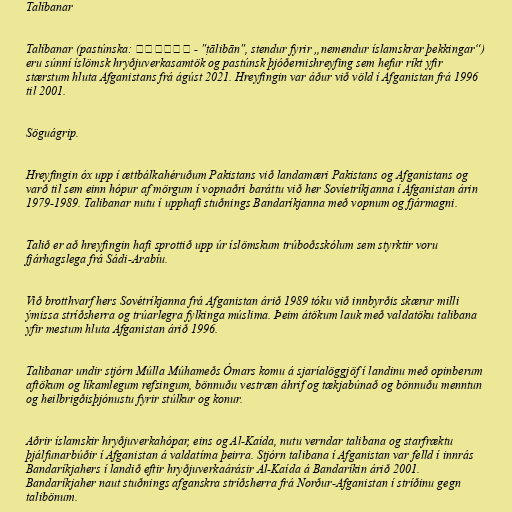
Talíbanar

Talíbanar (pastúnska: طالبان - "ṭālibān", stendur fyrir „nemendur íslamskrar þekkingar“)
eru súnní íslömsk hryðjuverkasamtök og pastúnsk þjóðernishreyfing sem hefur ríkt yfir
stærstum hluta Afganistans frá ágúst 2021. Hreyfingin var áður við völd í Afganistan frá 1996
til 2001.

Söguágrip.

Hreyfingin óx upp í ættbálkahéruðum Pakistans við landamæri Pakistans og Afganistans og
varð til sem einn hópur af mörgum í vopnaðri baráttu við her Sovíetríkjanna í Afganistan árin
1979-1989. Talibanar nutu í upphafi stuðnings Bandaríkjanna með vopnum og fjármagni.

Talið er að hreyfingin hafi sprottið upp úr íslömskum trúboðsskólum sem styrktir voru
fjárhagslega frá Sádi-Arabíu.

Við brotthvarf hers Sovétríkjanna frá Afganistan árið 1989 tóku við innbyrðis skærur milli
ýmissa stríðsherra og trúarlegra fylkinga múslima. Þeim átökum lauk með valdatöku talibana
yfir mestum hluta Afganistan árið 1996.

Talibanar undir stjórn Múlla Múhameðs Ómars komu á sjaríalöggjöf í landinu með opinberum
aftökum og líkamlegum refsingum, bönnuðu vestræn áhrif og tækjabúnað og bönnuðu menntun
og heilbrigðisþjónustu fyrir stúlkur og konur.

Aðrir íslamskir hryðjuverkahópar, eins og Al-Kaída, nutu verndar talibana og starfræktu
þjálfunarbúðir í Afganistan á valdatíma þeirra. Stjórn talibana í Afganistan var felld í innrás
Bandaríkjahers í landið eftir hryðjuverkaárásir Al-Kaída á Bandaríkin árið 2001.
Bandaríkjaher naut stuðnings afganskra stríðsherra frá Norður-Afganistan í stríðinu gegn
talibönum.